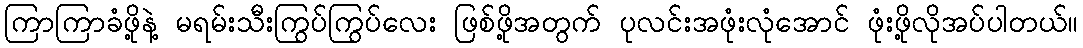
ကြာကြာခံဖို့နဲ့ မရမ်းသီးကြွပ်ကြွပ်လေး ဖြစ်ဖို့အတွက် ပုလင်းအဖုံးလုံအောင် ဖုံးဖို့လိုအပ်ပါတယ်။